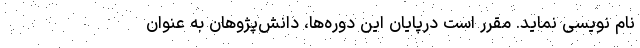
نام نویسی نماید. مقرر است درپایان این دوره‌ها، دانش‌پژوهان به عنوان